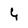
Character: 4